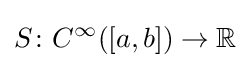
S\colon C^{\infty }([a,b])\to \mathbb {R}